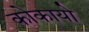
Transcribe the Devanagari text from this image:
कोकायो